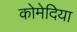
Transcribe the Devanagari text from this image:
कोमेदिया